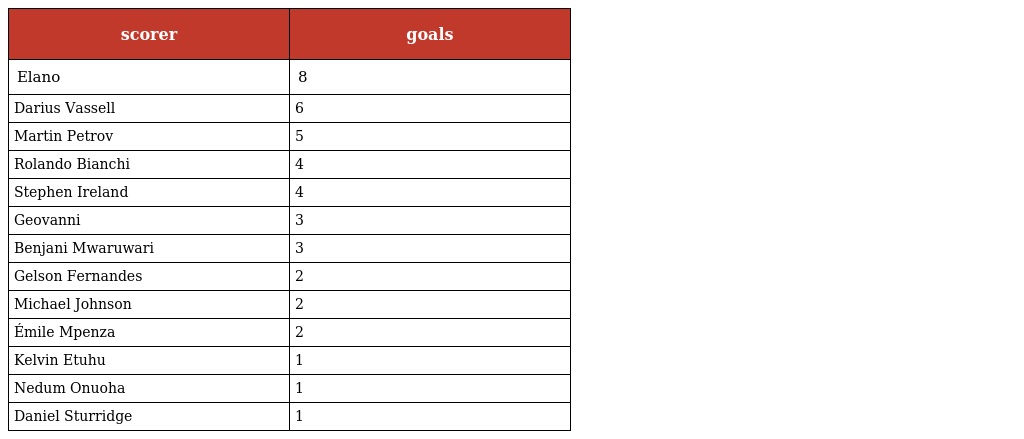
| scorer | goals |
 | --- | --- |
 | Elano | 8 |
 | Darius Vassell | 6 |
 | Martin Petrov | 5 |
 | Rolando Bianchi | 4 |
 | Stephen Ireland | 4 |
 | Geovanni | 3 |
 | Benjani Mwaruwari | 3 |
 | Gelson Fernandes | 2 |
 | Michael Johnson | 2 |
 | Émile Mpenza | 2 |
 | Kelvin Etuhu | 1 |
 | Nedum Onuoha | 1 |
 | Daniel Sturridge | 1 |